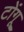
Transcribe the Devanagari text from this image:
टोंगू